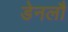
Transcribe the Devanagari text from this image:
डेनलौ